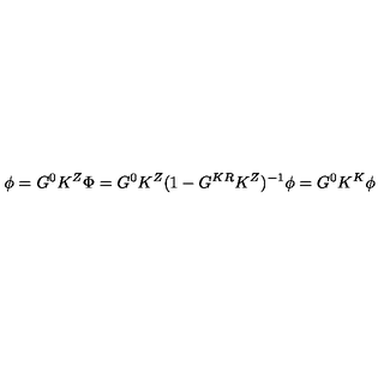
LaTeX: \phi = G ^ { 0 } K ^ { Z } \Phi = G ^ { 0 } K ^ { Z } ( 1 - G ^ { K R } K ^ { Z } ) ^ { - 1 } \phi = G ^ { 0 } K ^ { K } \phi